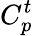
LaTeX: C_{p}^{t}